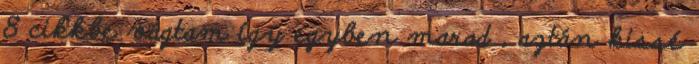
8 cikkbe vágtam így egyben marad , aztán kissé